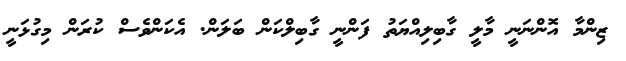
ޒިންމާ އޮންނަނީ މާލީ ގާބިލިއްޔަތު ފަންނީ ގާބިލްކަން ބަލަން. އެކަންވެސް ކުރަން މިގުޅަނީ